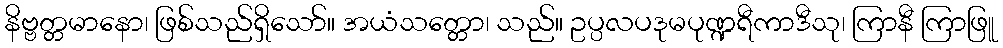
နိဗ္ဗတ္တမာနော၊ ဖြစ်သည်ရှိသော်။ အယံသတ္တော၊ သည်။ ဥပ္ပလပဒုမပုဏ္ဍရီကာဒီသု၊ ကြာနီ ကြာဖြူ